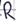
Text: R